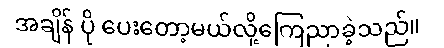
အချိန် ပို ပေးတော့မယ်လို့ကြေညာခဲ့သည်။